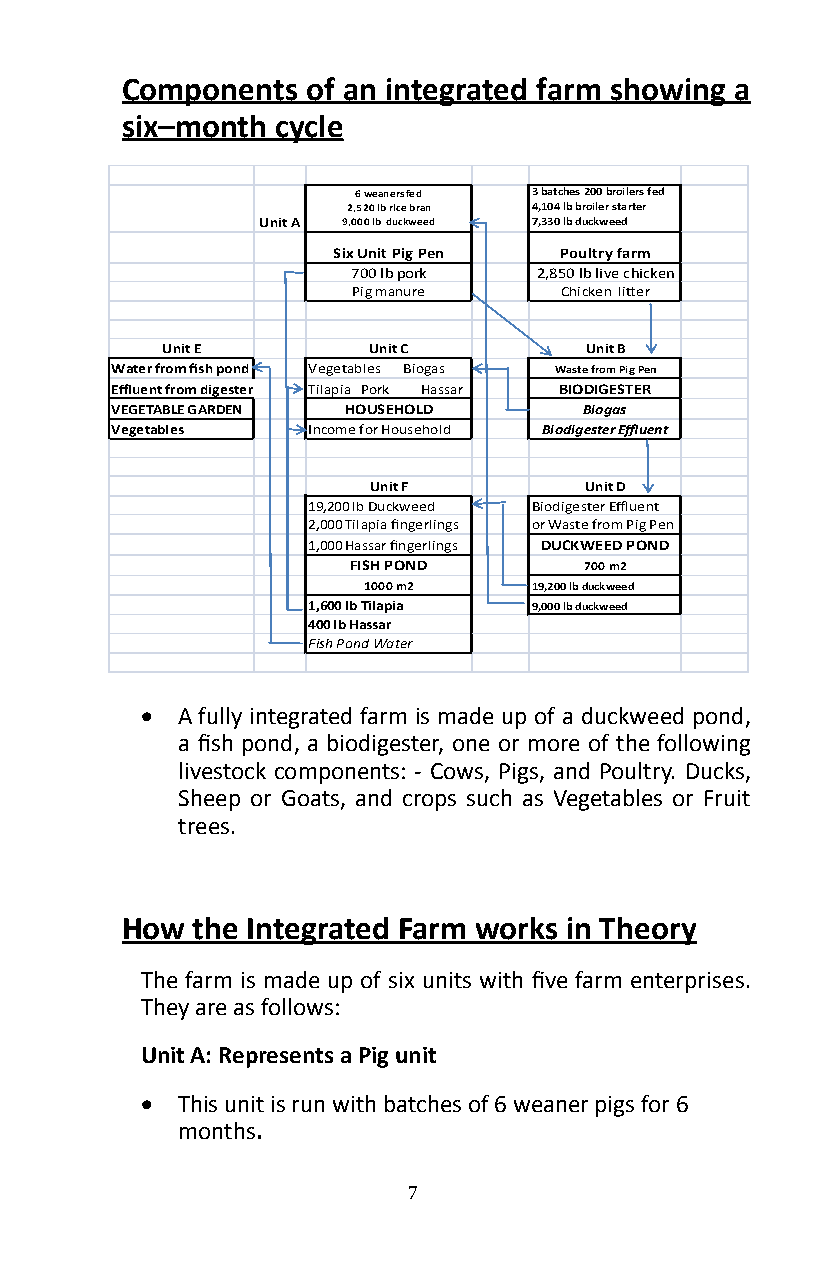
Components  of an integrated farm showing a
 six–month cycle
 6 weaners fed 3 batches 200 broilers fed
 2,520 lb rice bran 4,104 lb broiler starter
 Unit A 9,000 lb duckweed 7,330 lb duckweed
 Six Unit Pig Pen Poultry farm
 700 lb pork 2,850 lb live chicken
 Pig manure    Chicken litter
 Unit E       Unit C         Unit B
 Water from fish pond Vegetables Biogas Waste from Pig Pen
 Effluent from digester Tilapia Pork Hassar BIODIGESTER
 VEGETABLE GARDEN HOUSEHOLD      Biogas
 Vegetables   Income for Household Biodigester Effluent
 Unit F         Unit D
 19,200 lb Duckweed Biodigester Effluent
 2,000 Tilapia fingerlings or Waste from Pig Pen
 1,000 Hassar fingerlings DUCKWEED POND
 FISH POND       700 m2
 1000 m2    19,200 lb duckweed
 1,600 lb Tilapia 9,000 lb duckweed
 400 lb Hassar
 Fish Pond Water
 •  A fully integrated farm is made up of a duckweed pond,
 a fish pond, a biodigester, one or more of the following
 livestock components: - Cows, Pigs, and Poultry� Ducks,
 Sheep or Goats, and crops such as Vegetables or Fruit
 trees�
 How  the Integrated Farm works in Theory
 The farm is made up of six units with five farm enterprises.
 They are as follows:
 Unit A: Represents a Pig unit
 •  This unit is run with batches of 6 weaner pigs for 6
 months�
 7